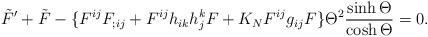
LaTeX: \begin{align*}\tilde{F}' + \tilde{F} - \{ F^{ij} F_{;ij}+ F^{ij} h_{ik} h^k_j F + K_N F^{ij} g_{ij} F \}\Theta^2 \frac{\sinh \Theta}{\cosh \Theta}=0.\end{align*}